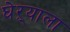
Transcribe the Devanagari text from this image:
घेऱ्याला